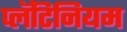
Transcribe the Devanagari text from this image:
प्लॅटिनियम